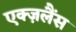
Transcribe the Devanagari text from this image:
एक्ज़लैंस